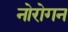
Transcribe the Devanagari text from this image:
नोरोगन